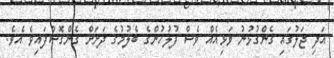
އަދި ޖަލުގައި ގެންގުޅުނު ވަޅިއެއް ވެސް ފުލުހުންގެ ބެލުމުގެ ދަށަށް ގެންގޮސްފައިވެ އެވެ.